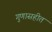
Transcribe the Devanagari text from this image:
गुणासहीत